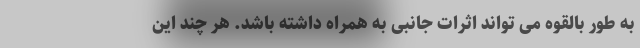
به طور بالقوه می تواند اثرات جانبی به همراه داشته باشد. هر چند این